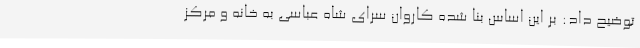
توضیح داد: بر این اساس بنا شده کاروان سرای شاه عباسی به خانه و مرکز